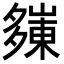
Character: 𭑀